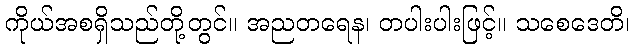
ကိုယ်အစရှိသည်တို့တွင်။ အညတရေန၊ တပါးပါးဖြင့်။ သစေဒေတိ၊